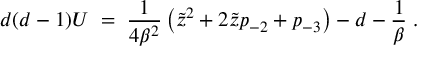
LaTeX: d ( d - 1 ) U \; = \; { \frac { 1 } { 4 \beta ^ { 2 } } } \left( \tilde { z } ^ { 2 } + 2 \tilde { z } p _ { - 2 } + p _ { - 3 } \right) - d - { \frac { 1 } { \beta } } \; .